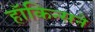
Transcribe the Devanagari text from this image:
हॉकिन्सने